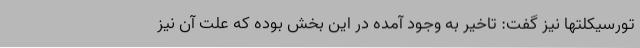
تورسیکلتها نیز گفت: تاخیر به وجود آمده در این بخش بوده که علت آن نیز